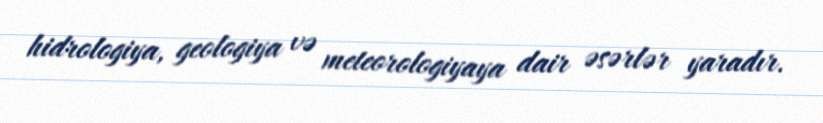
hidrologiya, geologiya və meteorologiyaya dair əsərlər yaradır.